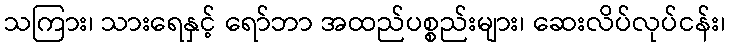
သကြား၊ သားရေနှင့် ရော်ဘာ အထည်ပစ္စည်းများ၊ ဆေးလိပ်လုပ်ငန်း၊